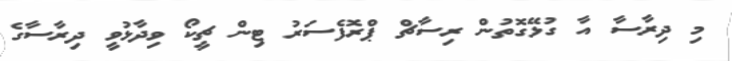
މި ދިރާސާ އާ ގުޅޭގޮތުން ރިސާޗް ޕްރޮފެސަރު ޓިން ޗީކޯ ވިދާޅުވީ ދިރާސާގެ